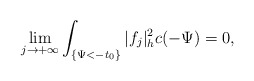
\begin{align*}\lim_{j\to+\infty}\int_{\{\Psi<-t_0\}}|f_j|^2_hc(-\Psi)=0,\end{align*}